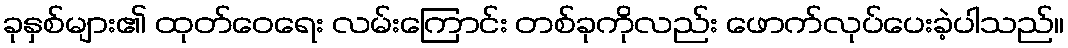
ခုနှစ်များ၏ ထုတ်ဝေရေး လမ်းကြောင်း တစ်ခုကိုလည်း ဖောက်လုပ်ပေးခဲ့ပါသည်။